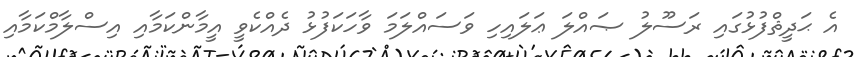
އެ ޙަދީޘްފުޅުގައި ރަސޫލު ޞައްލަ ޢަލައިހި ވަސައްލަމަ ވާހަކަފުޅު ދެއްކެވީ އީމާންކަމާއި އިސްލާމްކަމާއި